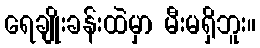
ရေချိုးခန်းထဲမှာ မီးမရှိဘူး။